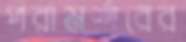
পরামর্শরের